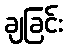
ချခြင်း